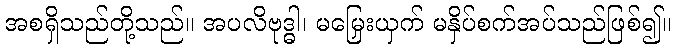
အစရှိသည်တို့သည်။ အပလိဗုဒ္ဓါ၊ မမြှေးယှက် မနှိပ်စက်အပ်သည်ဖြစ်၍။